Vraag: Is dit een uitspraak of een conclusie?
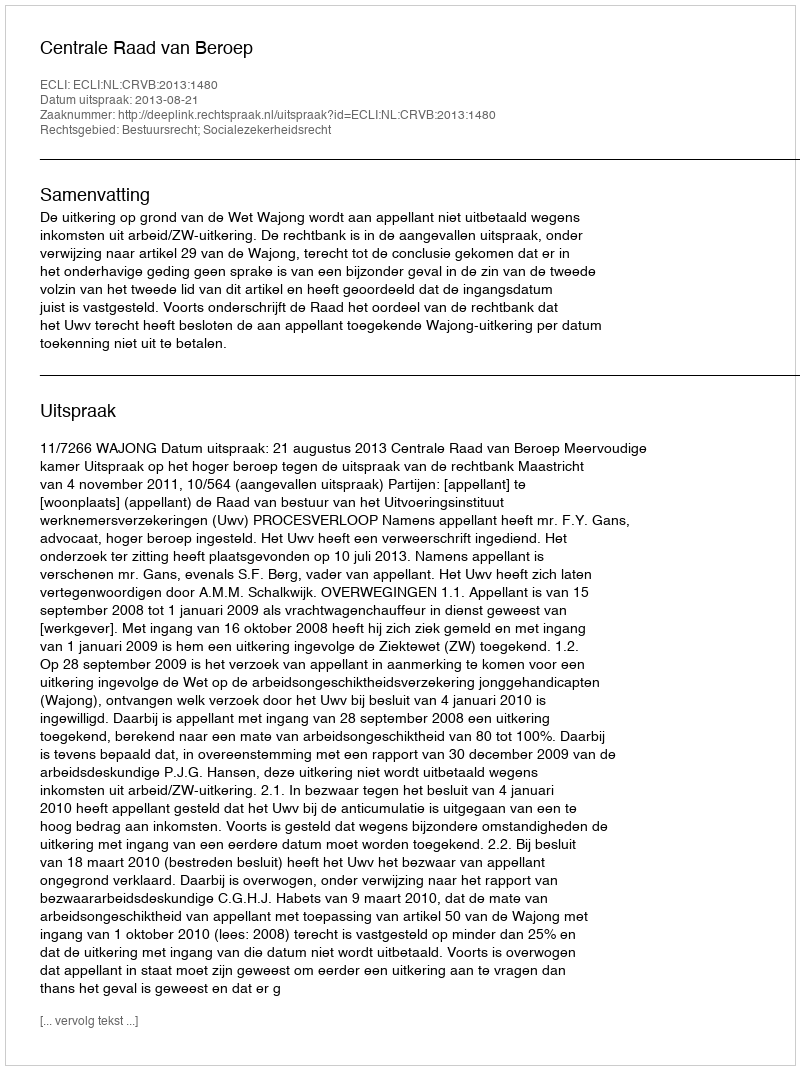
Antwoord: Uitspraak